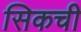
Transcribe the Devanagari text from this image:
सिकची